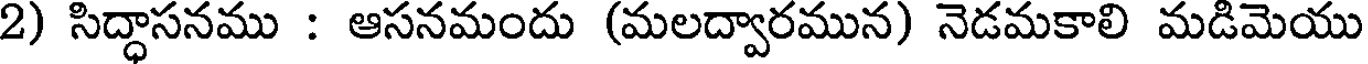
2) సిద్ధాసనము : ఆసనమందు (మలద్వారమున) నెడమకాలి మడిమెయు